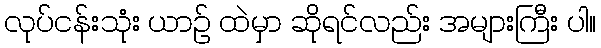
လုပ်ငန်းသုံး ယာဉ် ထဲမှာ ဆိုရင်လည်း အများကြီး ပါ။